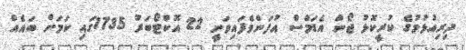
ދިރިއުޅުމުގެ ކުރީކޮޅު ޖޯން އެޑަމްސް އުފަންވެފައިވަނީ 22 އޮކްޓޯބަރު 1735ގައި ކަމަށް ބައެއް